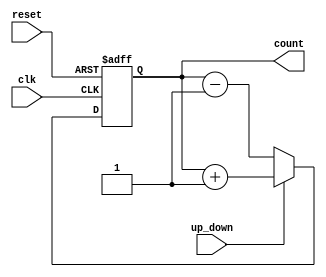
module ChainedParallelCounter (
    input wire clk,        // Clock signal
    input wire reset,      // Asynchronous reset signal
    input wire up_down,    // Control signal: 1 for up, 0 for down
    output reg [N-1:0] count // N-bit output count
);
    parameter N = 4; // Number of bits in the counter

    // Always block to handle counting and reset
    always @(posedge clk or posedge reset) begin
        if (reset) begin
            count <= 0; // Asynchronous reset to 0
        end else begin
            if (up_down) begin
                count <= count + 1; // Increment count
            end else begin
                count <= count - 1; // Decrement count
            end
        end
    end
endmodule